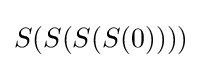
S(S(S(S(0))))